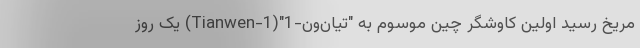
مریخ رسید اولین کاوشگر چین موسوم به "تیان‌ون-1"(Tianwen-1) یک روز